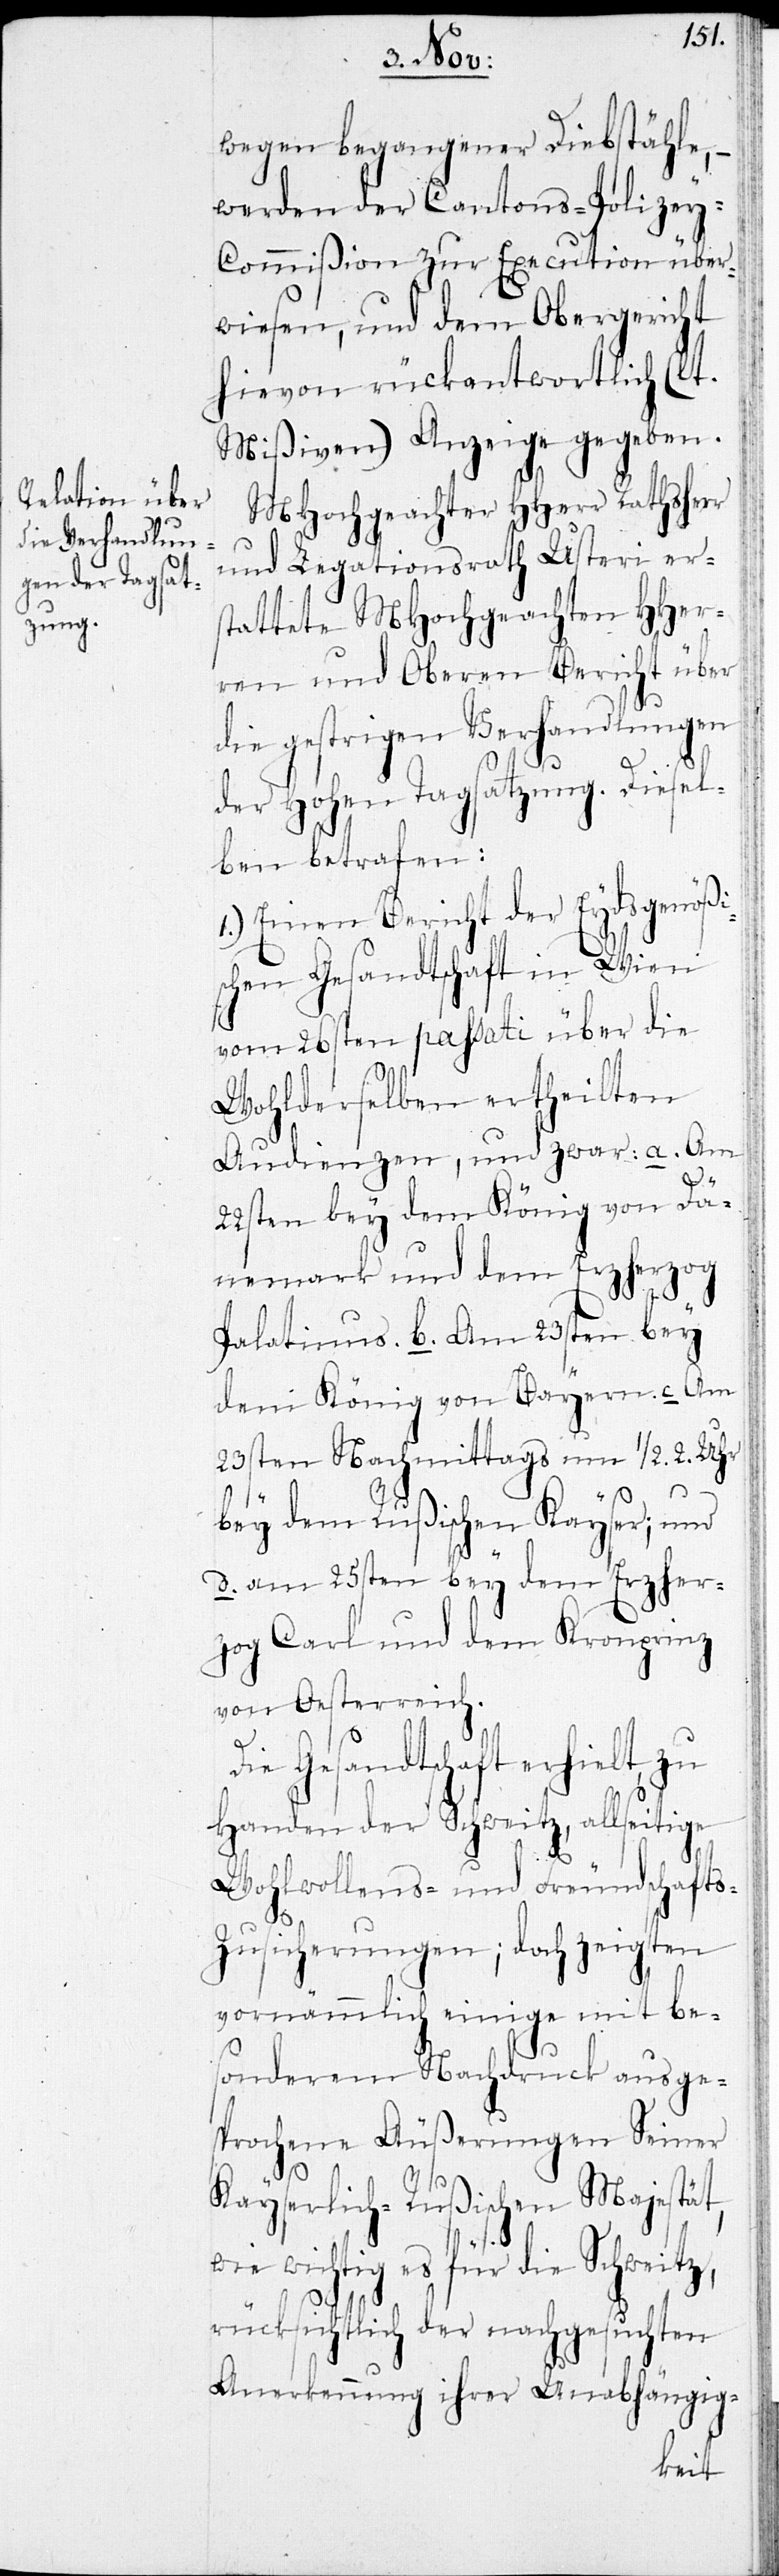
wegen begangener Diebstähle,
werden der Cantons-Polize¬
y-Commißion zur Execution über¬
wiesen, und dem Obergericht
hievon rückantwortlich (lt.
Mißiven) Anzeige gegeben.
MHochgeachter HHerr Rathsherr
und Legationsrath Usteri ers¬
tattete MHochgeachten HHer¬
ren und Oberen Bericht über
die gestrigen Verhandlungen
der Hohen Tagsatzung. Diesel¬
ben betrafen:
1.) Einen Bericht der Eydsgenößi¬
schen Gesandtschaft in Wien
vom 26sten passati über die
Wohlderselben ertheilten
Audienzen, und zwar: a. Am
22sten bey dem König von Dä¬
nemark und dem Erzherzog
Palatinus b. Am 23sten bey
dem König von Bayern c. Am
23sten Nachmittags um 1/2. 2. Uhr
bey dem Rußischen Kayser; und
d. am 25sten bey dem Erzher¬
zog Carl und dem Kronprinz
von Oesterreich.
Gesandtschaft erhielt zu
Handen der Schweitz, allseitige
Wohlwollens- und Freundschaft¬
s-Zusicherungen; doch zeigten
vornämlich einige mit be¬
sonderem Nachdruck ausge¬
sprochene Außerungen Seiner
Kayserlich-Rußischen Majestät,
wie wichtig es für die Schweitz
rücksichtlich der nachgesuchten
Anerkennung ihrer Unabhängig-